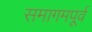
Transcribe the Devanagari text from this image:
समागमपूर्व